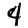
Digit: 4